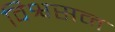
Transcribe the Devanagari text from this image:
विश्वसन